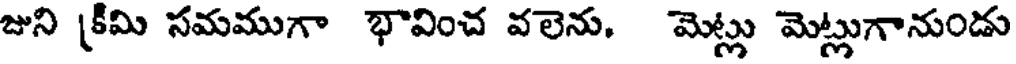
జుని [కీమి సమముగా భావించ వలెను, మెట్లు మెట్లుగానుండు